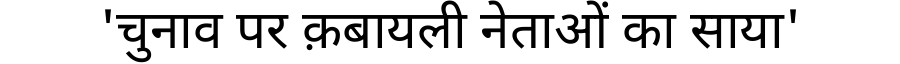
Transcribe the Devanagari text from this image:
'चुनाव पर क़बायली नेताओं का साया'